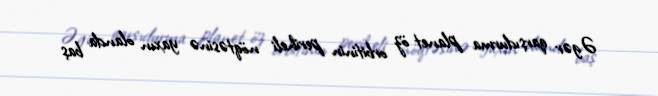
Əgər qarşıdurma planet öz orbitinin periheli nöqtəsinə yaxın olanda baş